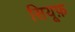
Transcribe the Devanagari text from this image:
सियूफ़